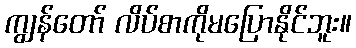
ကျွန်တော် လိပ်စာကိုမပြောနိုင်ဘူး။